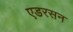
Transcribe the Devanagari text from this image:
एडरसन